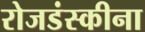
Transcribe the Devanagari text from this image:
रोजडंस्कीना